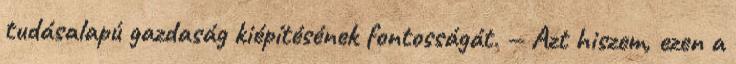
tudásalapú gazdaság kiépítésének fontosságát. — Azt hiszem, ezen a